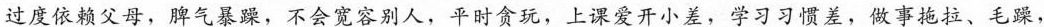
过度依赖父母，脾气暴躁，不会宽容别人，平时贪玩，上课爱开小差，学习习惯差，做事拖拉、毛躁，